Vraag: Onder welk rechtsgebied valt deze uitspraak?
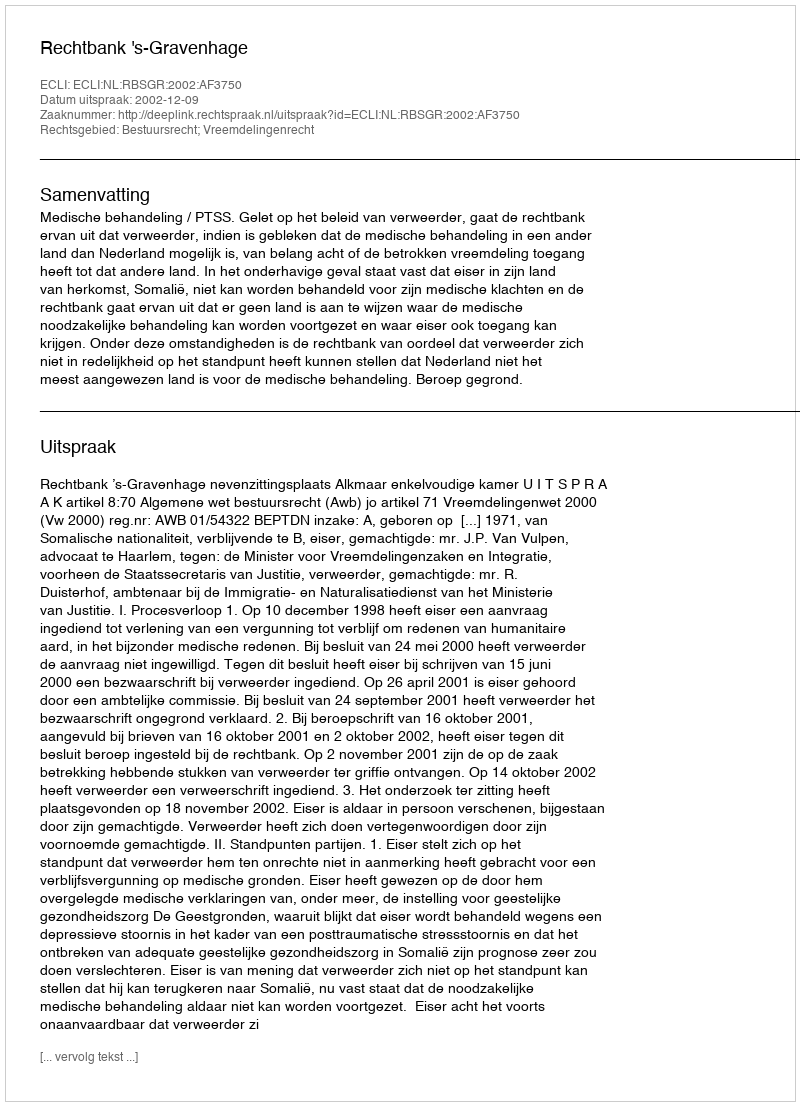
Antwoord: Bestuursrecht; Vreemdelingenrecht